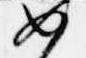
如